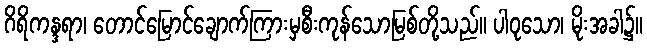
ဂိရိကန္ဒရာ၊ တောင်မြောင်ချောက်ကြားမှစီးကုန်သောမြစ်တို့သည်။ ပါဝုသော၊ မိုးအခါ၌။